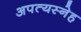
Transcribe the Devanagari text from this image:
अपत्यस्नेह